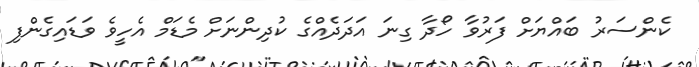
ކެންސަރު ބައްޔަށް ފަރުވާ ހޯދާ ގިނަ އަދަދެއްގެ ކުދިންނަށް މެޑަމް އެހީވެ ވަޑައިގެންފި